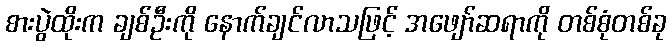
စားပွဲထိုးက ချစ်ဦးကို နောက်ချင်လာသဖြင့် အဖျော်ဆရာကို တစ်စုံတစ်ခု